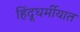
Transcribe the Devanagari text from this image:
हिंदूधर्मीयात